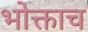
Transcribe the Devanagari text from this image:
भोक्ताच